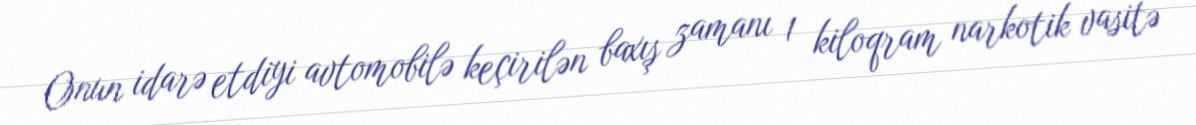
Onun idarə etdiyi avtomobilə keçirilən baxış zamanı 1 kiloqram narkotik vasitə